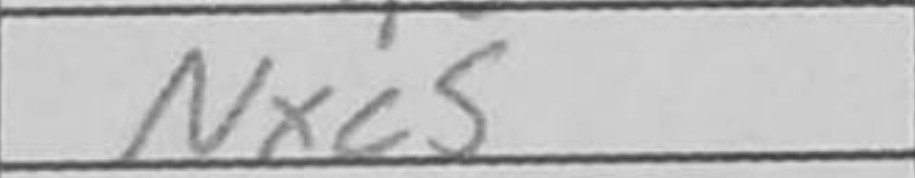
Transcription: Nxc5